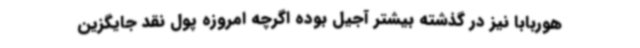
هوربابا نیز در گذشته بیشتر آجیل بوده اگرچه امروزه پول نقد جایگزین